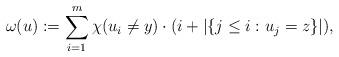
LaTeX: \begin{align*}\omega(u):=\sum_{i=1}^m \chi(u_i\neq y)\cdot (i+|\{j\le i:u_j=z\}|),\end{align*}